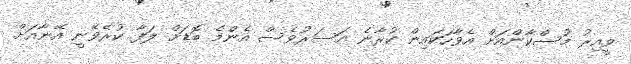
ވީއިރު މުސްކާންއަށް އެވާހަކައިން ކުރާނެ އަސަރުވެސް އެންމެ ބޮޑަށް ލަފާ ކުރެވޭނީ އޭނާއަށް